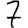
Digit: 7